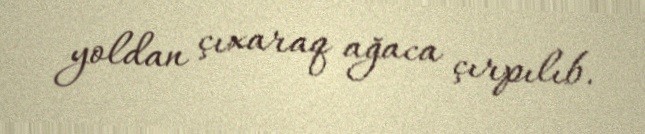
yoldan çıxaraq ağaca çırpılıb.